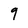
Character: 9